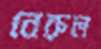
নেরুল